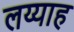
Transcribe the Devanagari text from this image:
लय्याह